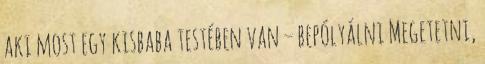
aki most egy kisbaba testében van – bepólyálni Megetetni,